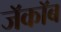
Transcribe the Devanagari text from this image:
जॅकॉब